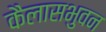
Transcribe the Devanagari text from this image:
कैलासभुवन